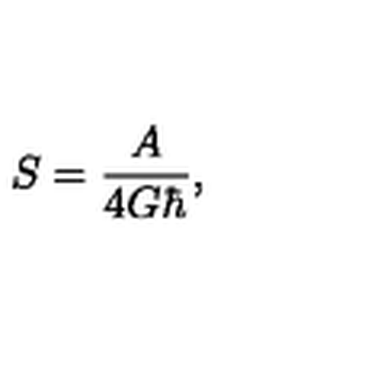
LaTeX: S = \frac { A } { 4 G \hbar } ,